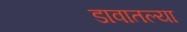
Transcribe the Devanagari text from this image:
डावातल्या